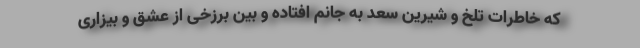
که خاطرات تلخ و شیرین سعد به جانم افتاده و بین برزخی از عشق و بیزاری